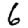
Digit: 6